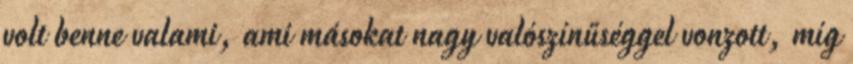
volt benne valami, ami másokat nagy valószínűséggel vonzott, míg